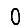
Digit: 0